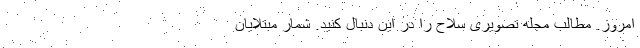
امروز. مطالب مجله تصویری سلاح را در این دنبال کنید. شمار مبتلایان